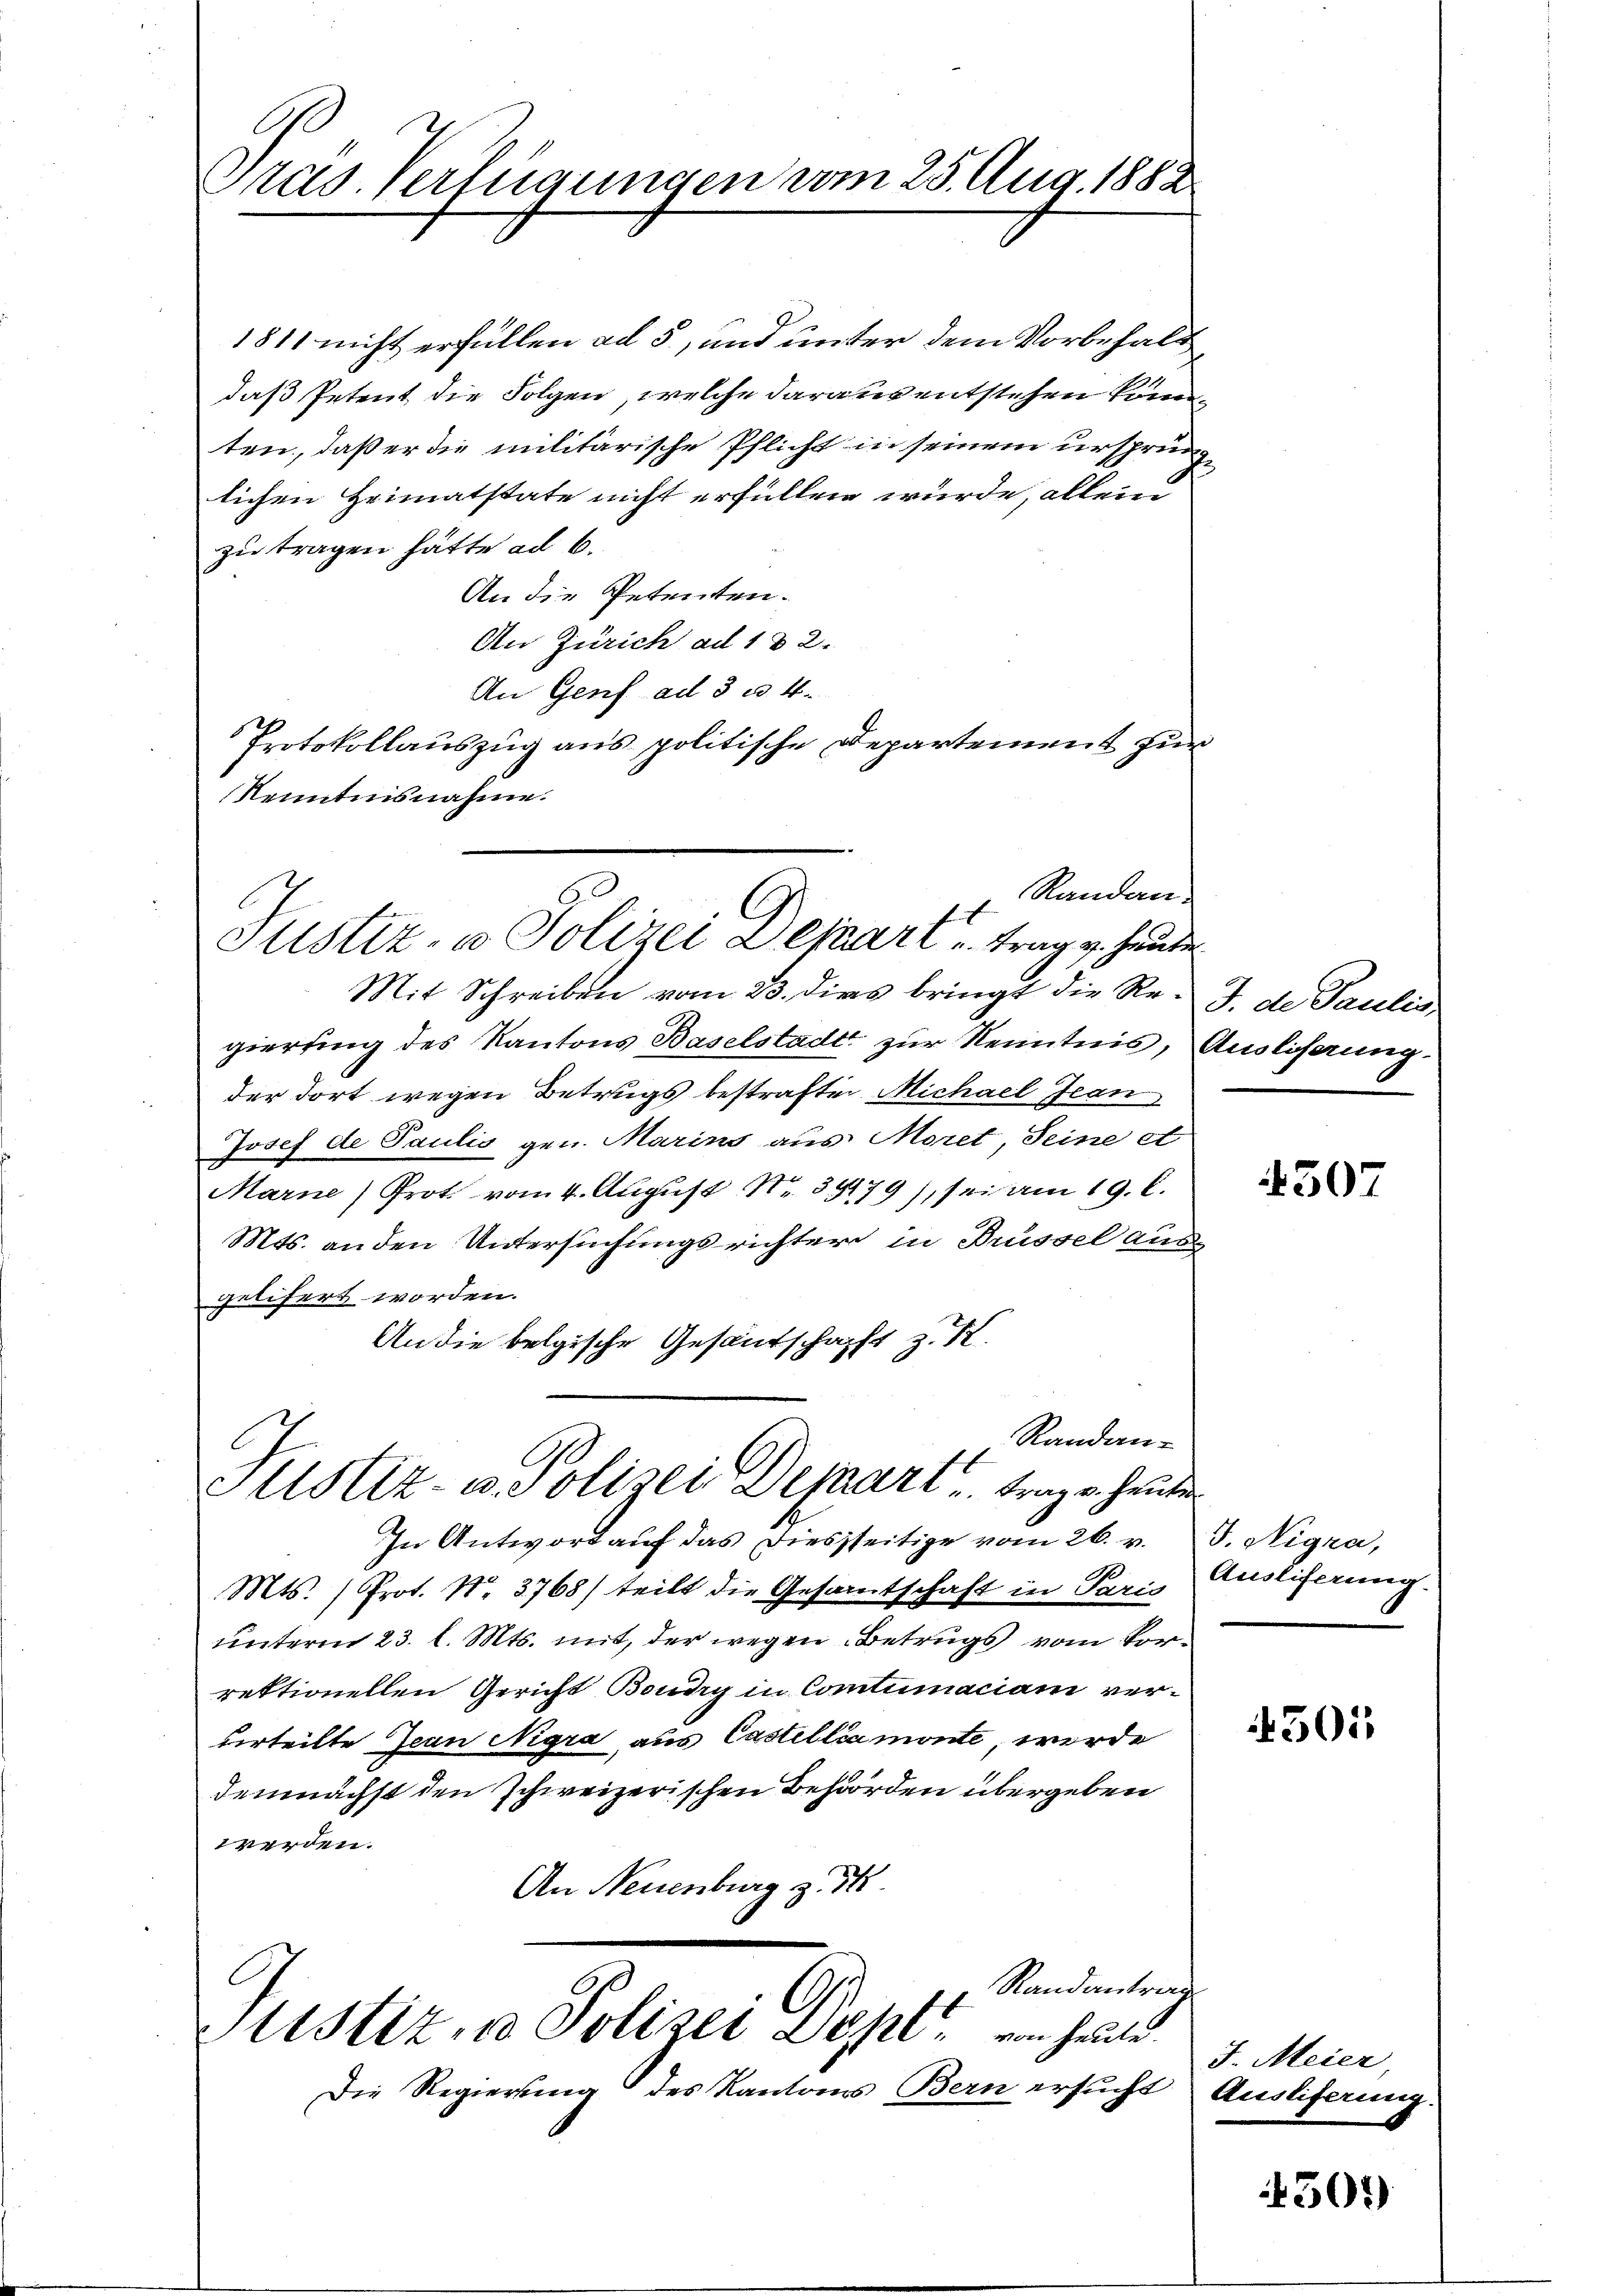
C
Gras. Verfügungen vom 25. Aug. 1882

1811 nicht erfüllen ad 5, und unter dem Vorbehalt
daß Petent die Folgen, welche daraus entstehen könnten, daß er die militärische Pflicht in seinem ursprünglichen Heimatstate nicht erfüllen würde, allein
zu tragen hätte ad 6.
An die Petenten.
An Zürich ad 1 & 2.
An Genf ad 3 u. 4.
Protokollauszug aus politische Departement zur
Kenntnisnahme.
Mit Schreiben vom 23. dies bringt die Re-J. de Paulis
gierting des Kantons Baselstadt zur Kenntnis, Auslöserung
der dort wegen Betrugs bestraften Michael Jean
Josef de Paulis gen. Marins aus Moret Seine et
Marne Prot. vom 4. Aŭgŭst No. 39179), sei am 19. l.
Mts. an den Untersuchungsrichter in Brüssel ausgelitert worden.
An die belgische Gesandschafft z. K.
Randan-
Ge
Astiz- u. Polizei Depart trage heuten
In Antwort auf das Diesseitige vom 26. v.
Mts. (Prot. No. 3768) teilt die Gesantschaft in Paris
unterm 23. l. Mts. mit, der wegen Betrugs vom Vorrektionellen Gericht Boudry in Comtumaciam verurteilte Jean Nigra aus Castelliamonte, werde
demnächst den schweizerischen Behörden übergeben
werden.
An Neuenburg z. d
Randantrag
Sistiz - Polizei Zepl, von heute.
Die Regierung des Kantons Bern ersucht Ausliferung.

Randan¬
Justiz- u Polizei Depart u. trag v. heute

4307

J. Nigra,
Ausliferung.

4301

J. Meier

4501)